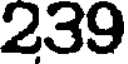
239